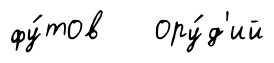
фу́тов ору́д'ий